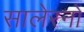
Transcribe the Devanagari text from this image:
सालेरनो